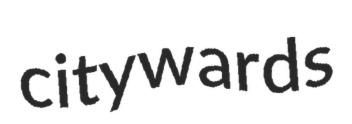
citywards